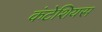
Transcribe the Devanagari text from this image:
कंटेशियस